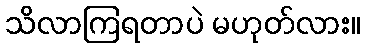
သိလာကြရတာပဲ မဟုတ်လား။